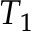
T _ { 1 }